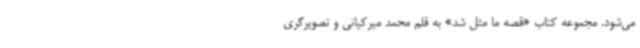
می‌شود. مجموعه کتاب «قصه ما مثل شد» به قلم محمد میرکیانی و تصویرگری